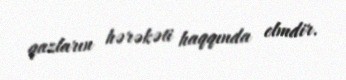
qazların hərəkəti haqqında elmdir.